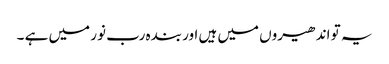
یہ تو اندھیروں میں ہیں اور بندہ رب نور میں ہے ۔